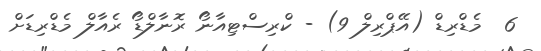
6  މެޑްރިޑް (އޭޕްރިލް 9) - ކްރިސްޓިއާނޯ ރޮނާލްޑޯ ރެއާލް މެޑްރިޑަށް